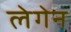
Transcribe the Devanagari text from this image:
लेगेन